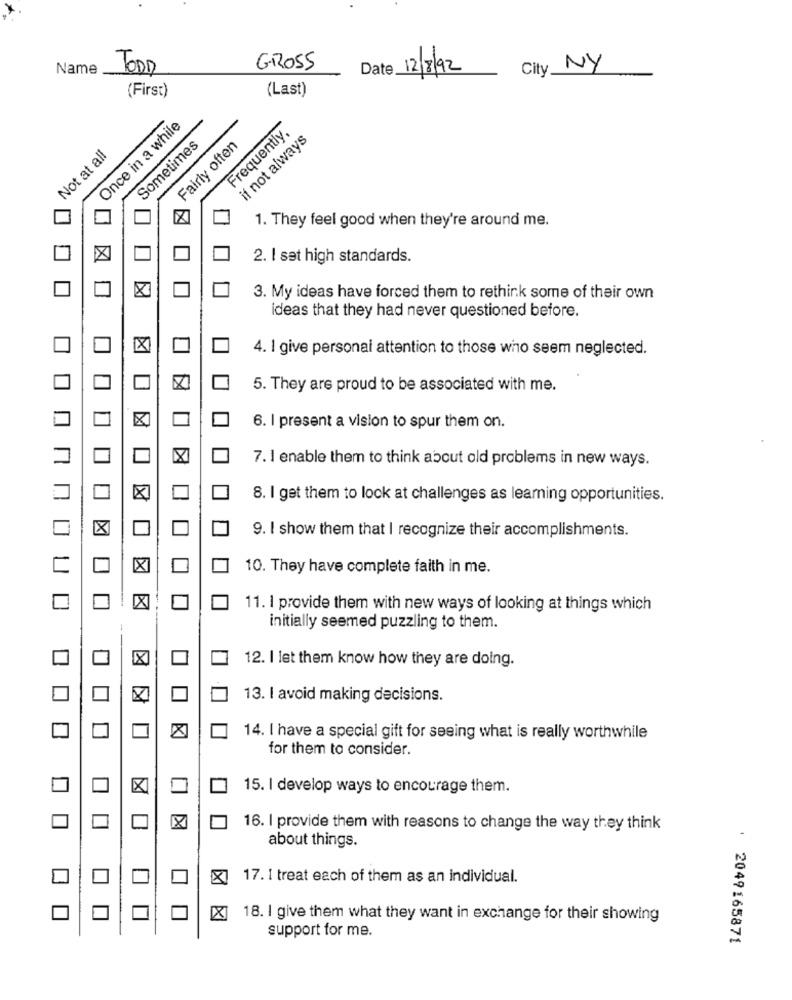
Name
TODD
GROSS
12/8/92
City NY
(First)
(Last)
Once in a while
Frequently.
Sometimes
Fairly often
if not always
Not at all
1. They feel good when they're around me.
X
2. I set high standards.
X
3. My ideas have forced them to rethink some of their own
ideas that they had never questioned before.
4. I give personal attention to those who seem neglected.
X
5. They are proud to be associated with me.
6. I present a vision to spur them on.
7. I enable them to think about old problems in new ways.
8. I get them to lock at challenges as leaming opportunities.
9. I show them that I recognize their accomplishments.
10. They have complete faith in me.
X
11. I provide them with new ways of looking at things which
initially seemed puzzling to them.
X
12. I let them know how they are doing.
13. I avoid making decisions.
14. I have a special gift for seeing what is really worthwhile
for them to consider.
X
15. I develop ways to encourage them.
16. I provide them with reasons to change the way they think
about things.
17. I treat each of them as an individual.
18. I give them what they want in exchange for their showing
support for me.
: 2049165871